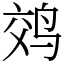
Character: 䴔